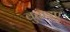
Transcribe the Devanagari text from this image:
बुताइए